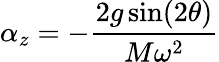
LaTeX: \alpha_{z}=-\frac{2g\sin(2\theta)}{M\omega^{2}}